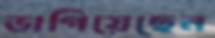
ভাগিয়েছেন